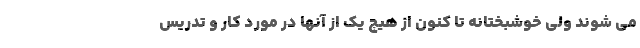
می شوند ولی خوشبختانه تا کنون از هیچ یک از آنها در مورد کار و تدریس